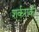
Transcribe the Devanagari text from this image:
शर्कराकी